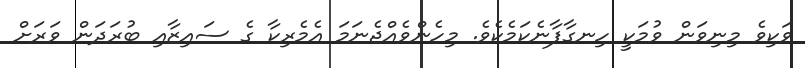
ވަކިވެ މިނިވަން ވުމަކީ ހިނގާފާނެކަމެކެވެ. މިހެންވެއްޖެނަމަ އެމެރިކާ ގެ ސައިޒާއި ބުރަދަން ވަރަށް